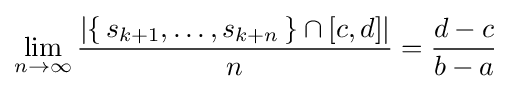
\lim _{n\to \infty }{\left|\{\,s_{k+1},\dots ,s_{k+n}\,\}\cap [c,d]\right| \over n}={d-c \over b-a}